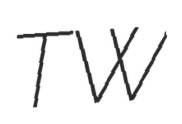
TW